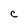
Character: c